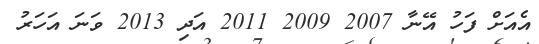
އެއަށް ފަހު އޭނާ 2007 2009 2011 އަދި 2013 ވަނަ އަހަރު